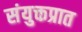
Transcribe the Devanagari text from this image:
संयुक्तप्रात